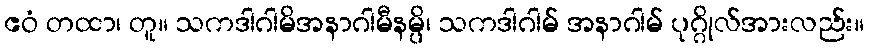
ဧဝံ တထာ၊ တူ။ သကဒါဂါမိအနာဂါမီနမ္ပိ၊ သကဒါဂါမ် အနာဂါမ် ပုဂ္ဂိုလ်အားလည်း။